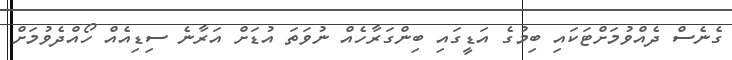
ގެނެސް ދެއްވުމަށްޓަކައި ބިމުގެ އަޑީގައި ބިންގަރާހެއް ނުވަތަ އުޑަށް އަރާނެ ސިޑިއެއް ހޯއްދެވުމަށް